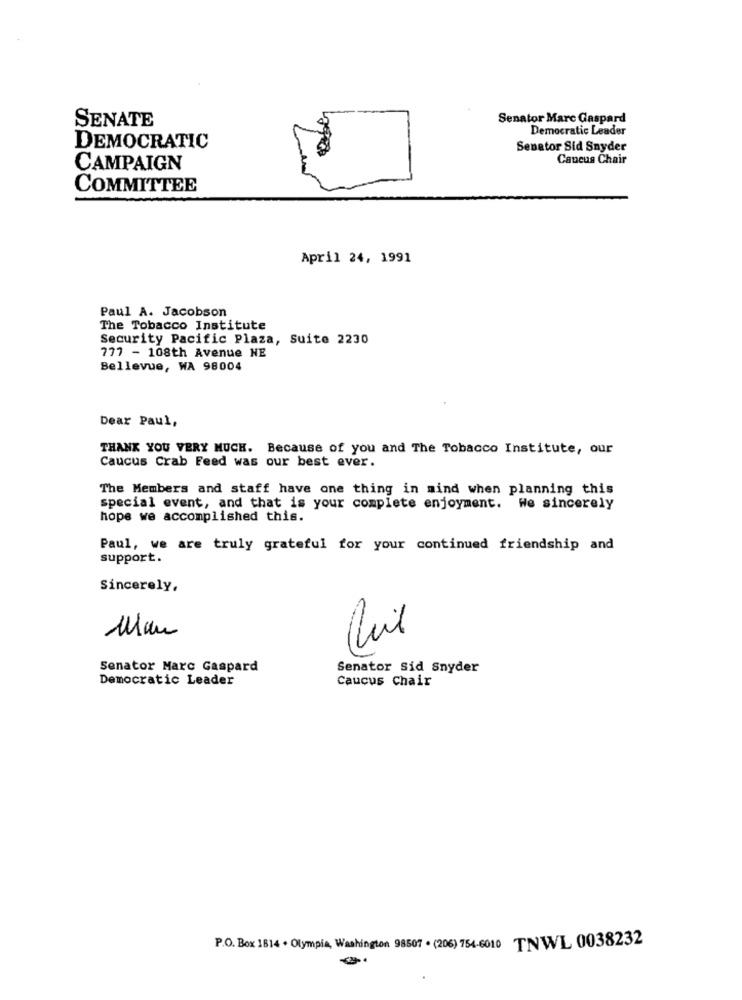
SENATE
Senator Marc Gaspard
Democratic Leader
DEMOCRATIC
Senator Sid Snyder
Caucus Chair
CAMPAIGN
COMMITTEE
April 24, 1991
Paul A. Jacobson
The Tobacco Institute
Security Pacific Plaza, Suite 2230
777 - 108th Avenue NE
Bellevue, WA 98004
Dear Paul,
THANK YOU VERY MUCH. Because of you and The Tobacco Institute, our
Caucus Crab Feed was our best ever.
The Members and staff have one thing in mind when planning this
special event, and that is your complete enjoyment. We sincerely
hope we accomplished this.
Paul, we are truly grateful for your continued friendship and
support.
Sincerely,
Senator Marc Gaspard
Senator Sid Snyder
Democratic Leader
Caucus Chair
P.O. Box 1814 . Olympia, Washington 98507 . (206) 754-6010 TNWL 0038232